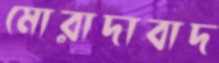
মোরাদাবাদ